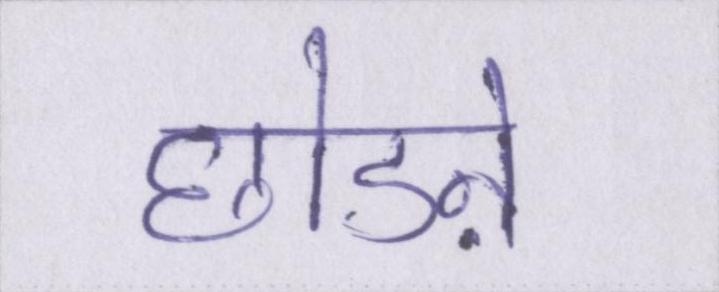
छोडऩे